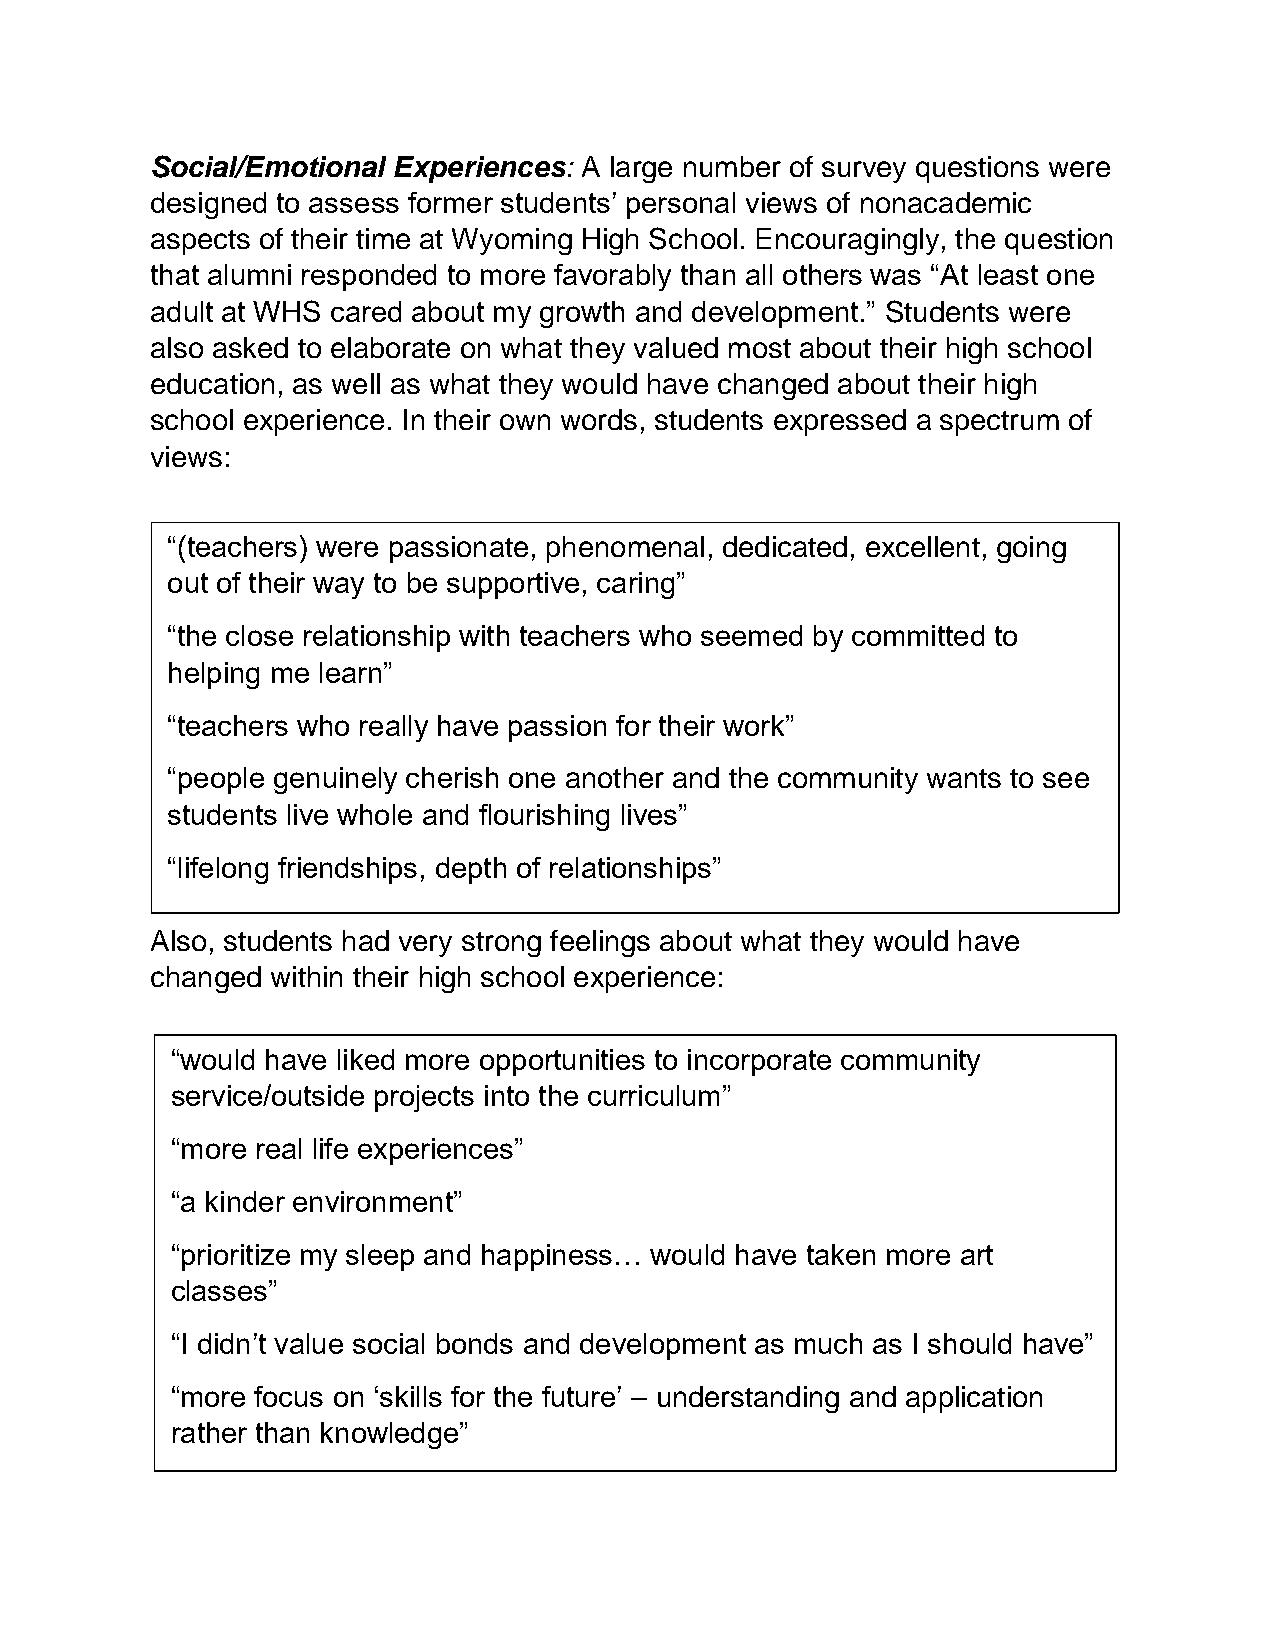
Social/Emotional Experiences: A large number of survey questions were
 designed to assess former students’ personal views of nonacademic
 aspects of their time at Wyoming High School. Encouragingly, the question
 that alumni responded to more favorably than all others was “At least one
 adult at WHS cared about my growth and development.” Students were
 also asked to elaborate on what they valued most about their high school
 education, as well as what they would have changed about their high
 school experience. In their own words, students expressed a spectrum of
 views:
 “(teachers) were passionate, phenomenal, dedicated, excellent, going
 out of their way to be supportive, caring”
 “the close relationship with teachers who seemed by committed to
 helping me learn”
 “teachers who really have passion for their work”
 “people genuinely cherish one another and the community wants to see
 students live whole and flourishing lives”
 “lifelong friendships, depth of relationships”
 Also, students had very strong feelings about what they would have
 changed within their high school experience:
 “would have liked more opportunities to incorporate community
 service/outside projects into the curriculum”
 “more real life experiences”
 “a kinder environment”
 “prioritize my sleep and happiness… would have taken more art
 classes”
 “I didn’t value social bonds and development as much as I should have”
 “more focus on ‘skills for the future’ – understanding and application
 rather than knowledge”